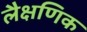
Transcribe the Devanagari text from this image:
लैक्षणिक